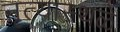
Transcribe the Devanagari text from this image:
नृत्यास्थळे